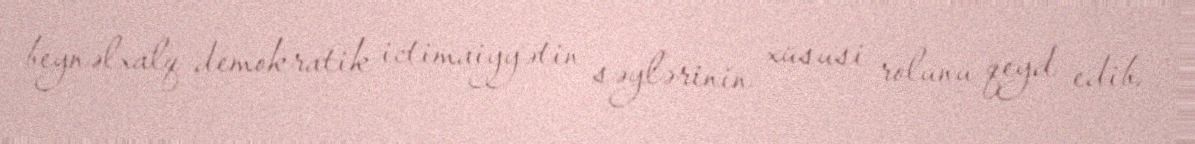
beynəlxalq demokratik ictimaiyyətin səylərinin xüsusi rolunu qeyd edib.